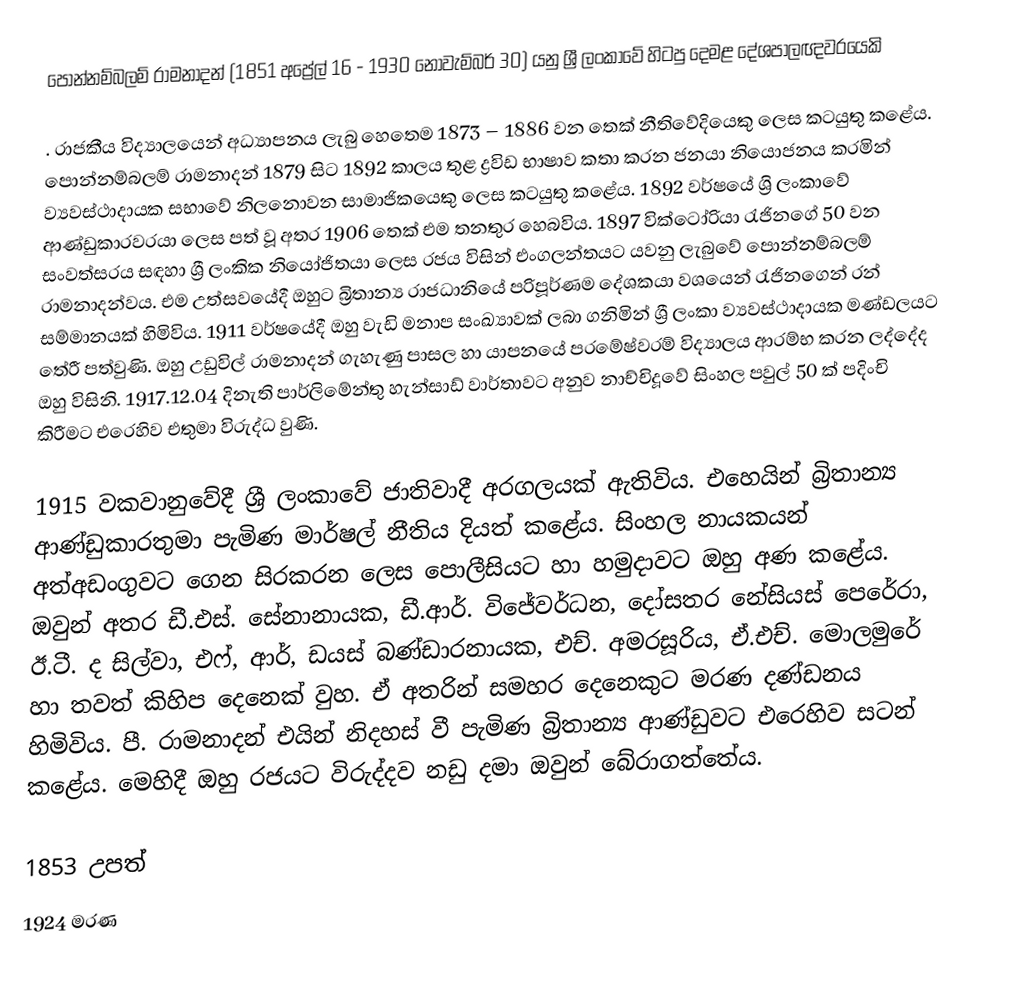
පොන්නම්බලම් ‍රාමනාදන් (1851 ‍අප්‍රේල් 16 - 1930 නොවැම්බර් 30) යනු ශ්‍රී ලංකාවේ හිටපු දෙමළ දේශපාලඥවරයෙකි

.  රාජකීය විද්‍යා‍ලයෙන් අධ්‍යාපනය ලැබු හෙතෙම 1873 – 1886 වන තෙක් නීතිවේදියෙකු ලෙස කටයුතු කළේය. පොන්නම්බලම් ‍රාමනාදන් 1879 සිට 1892 කාලය තුළ ද්‍රවිඩ භාෂාව කතා කරන ජනයා නියොජනය කරමින් ව්‍යවස්ථාදායක සභාවේ නිල‍නොවන සාමාජිකයෙකු ලෙස කටයුතු කළේය. 1892 වර්ෂයේ ශ්‍රි ලංකාවේ ආණ්ඩුකාරවරයා ලෙස පත් වූ අතර 1906 තෙක් එම තනතුර හෙබවිය. 1897 වික්ටෝරියා රැජිනගේ 50 වන සංවත්සරය සඳහා ශ්‍රී ලංකික නියෝජිතයා ලෙස රජය විසින් එංගලන්තයට යවනු ලැබුවේ පොන්නම්බලම් ‍රාමනාදන්වය. ‍එම උත්සවයේදී ඔහුට බ්‍රිතාන්‍ය රාජධානියේ පරිපූර්ණම දේශකයා වශයෙන් රැජිනගෙන් රන් සම්මානයක් හිමිවිය. 1911 වර්ෂයේදී ඔහු වැඩි මනාප සංඛ්‍යාවක් ලබා ගනිමින් ශ්‍රී ලංකා ව්‍යවස්ථාදායක මණ්ඩලයට තේරී පත්වුණි. ඔහු උඩුවිල් රාමනාදන් ගැහැණු පාසල හා යාපනයේ පරමේෂ්වරම් විද්‍යාලය ආරම්භ කරන ලද්දේද ඔහු විසිනි. 1917.12.04 දිනැති පාර්ලිමේන්තු හැන්සාඩ් වාර්තාවට අනුව නාච්චිදූවේ සිංහල පවුල් 50 ක් පදිංචි කිරීමට එරෙහිව එතුමා විරුද්ධ වුණි.

1915 වකවානුවේදී ශ්‍රී ලංකාවේ ජාතිවාදී අරගලයක් ඇතිවිය. එහෙයින් බ්‍රිතාන්‍ය ආණ්ඩුකාරතුමා පැමිණ මාර්ෂල් නීතිය දියත් කළේය. සිංහල නායකයන් අත්අඩංගුවට ගෙන සිරකරන ලෙස පොලීසියට හා හමුදාවට ඔහු අණ කළේය. ඔවුන් අතර ඩී.එස්. සේනානායක, ඩී.ආර්. විජේවර්ධන, දෝසතර නේසියස් පෙරේරා, ඊ.ටී. ද සිල්වා, එෆ්, ආර්, ඩයස් බණ්ඩාරනායක, එච්. අමරසූරිය, ඒ.එච්. මොලමුරේ හා තවත් කිහිප දෙනෙක් වුහ. ඒ අතරින් සමහර දෙනෙකුට මරණ දණ්ඩනය හිමිවිය. පී. රාමනාදන් එයින් නිදහස් වී පැමිණ බ්‍රිතාන්‍ය ආණ්ඩුවට එරෙහිව සටන් කළේය. මෙහිදී ඔහු රජයට විරුද්දව නඩු දමා ඔවුන් බේරාගත්තේය.

1853 උපත්
1924 මරණ